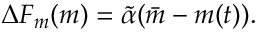
\Delta F _ { m } ( m ) = \tilde { \alpha } ( \bar { m } - m ( t ) ) .